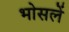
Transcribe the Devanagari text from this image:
भोसलें